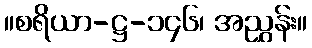
။စရိယာ-ဋ္ဌ-၁၄၆၊ အညွှန်း။